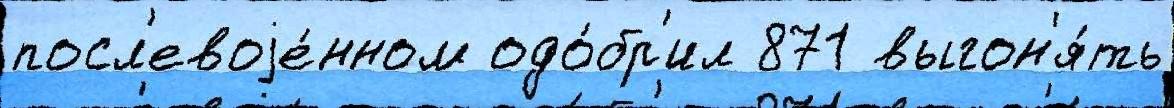
посл'евоjе́нном одо́бр'ил 871 выгон'я́ть